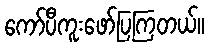
ကော်ပီကူးဖော်ပြကြတယ်။